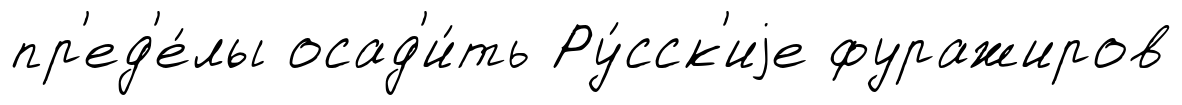
пр'ед'е́лы осад'и́ть Ру́сск'иjе фуражиров